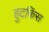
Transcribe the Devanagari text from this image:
हुटकिंस